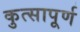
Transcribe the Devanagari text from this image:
कुत्सापूर्ण